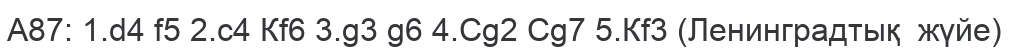
A87: 1.d4 f5 2.c4 Кf6 3.g3 g6 4.Сg2 Сg7 5.Кf3 (Ленинградтық  жүйе)